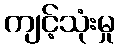
ကျင့်သုံးမှု